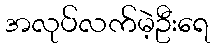
အလုပ်လက်မဲ့ဦးရေ